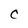
Character: C